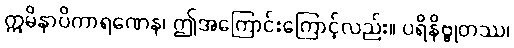
ဣမိနာပိကာရဏေန၊ ဤအကြောင်းကြောင့်လည်း။ ပရိနိဗ္ဗုတဿ၊